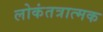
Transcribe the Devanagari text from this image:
लोकंतत्रात्मक